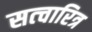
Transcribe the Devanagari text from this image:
सत्चारित्र